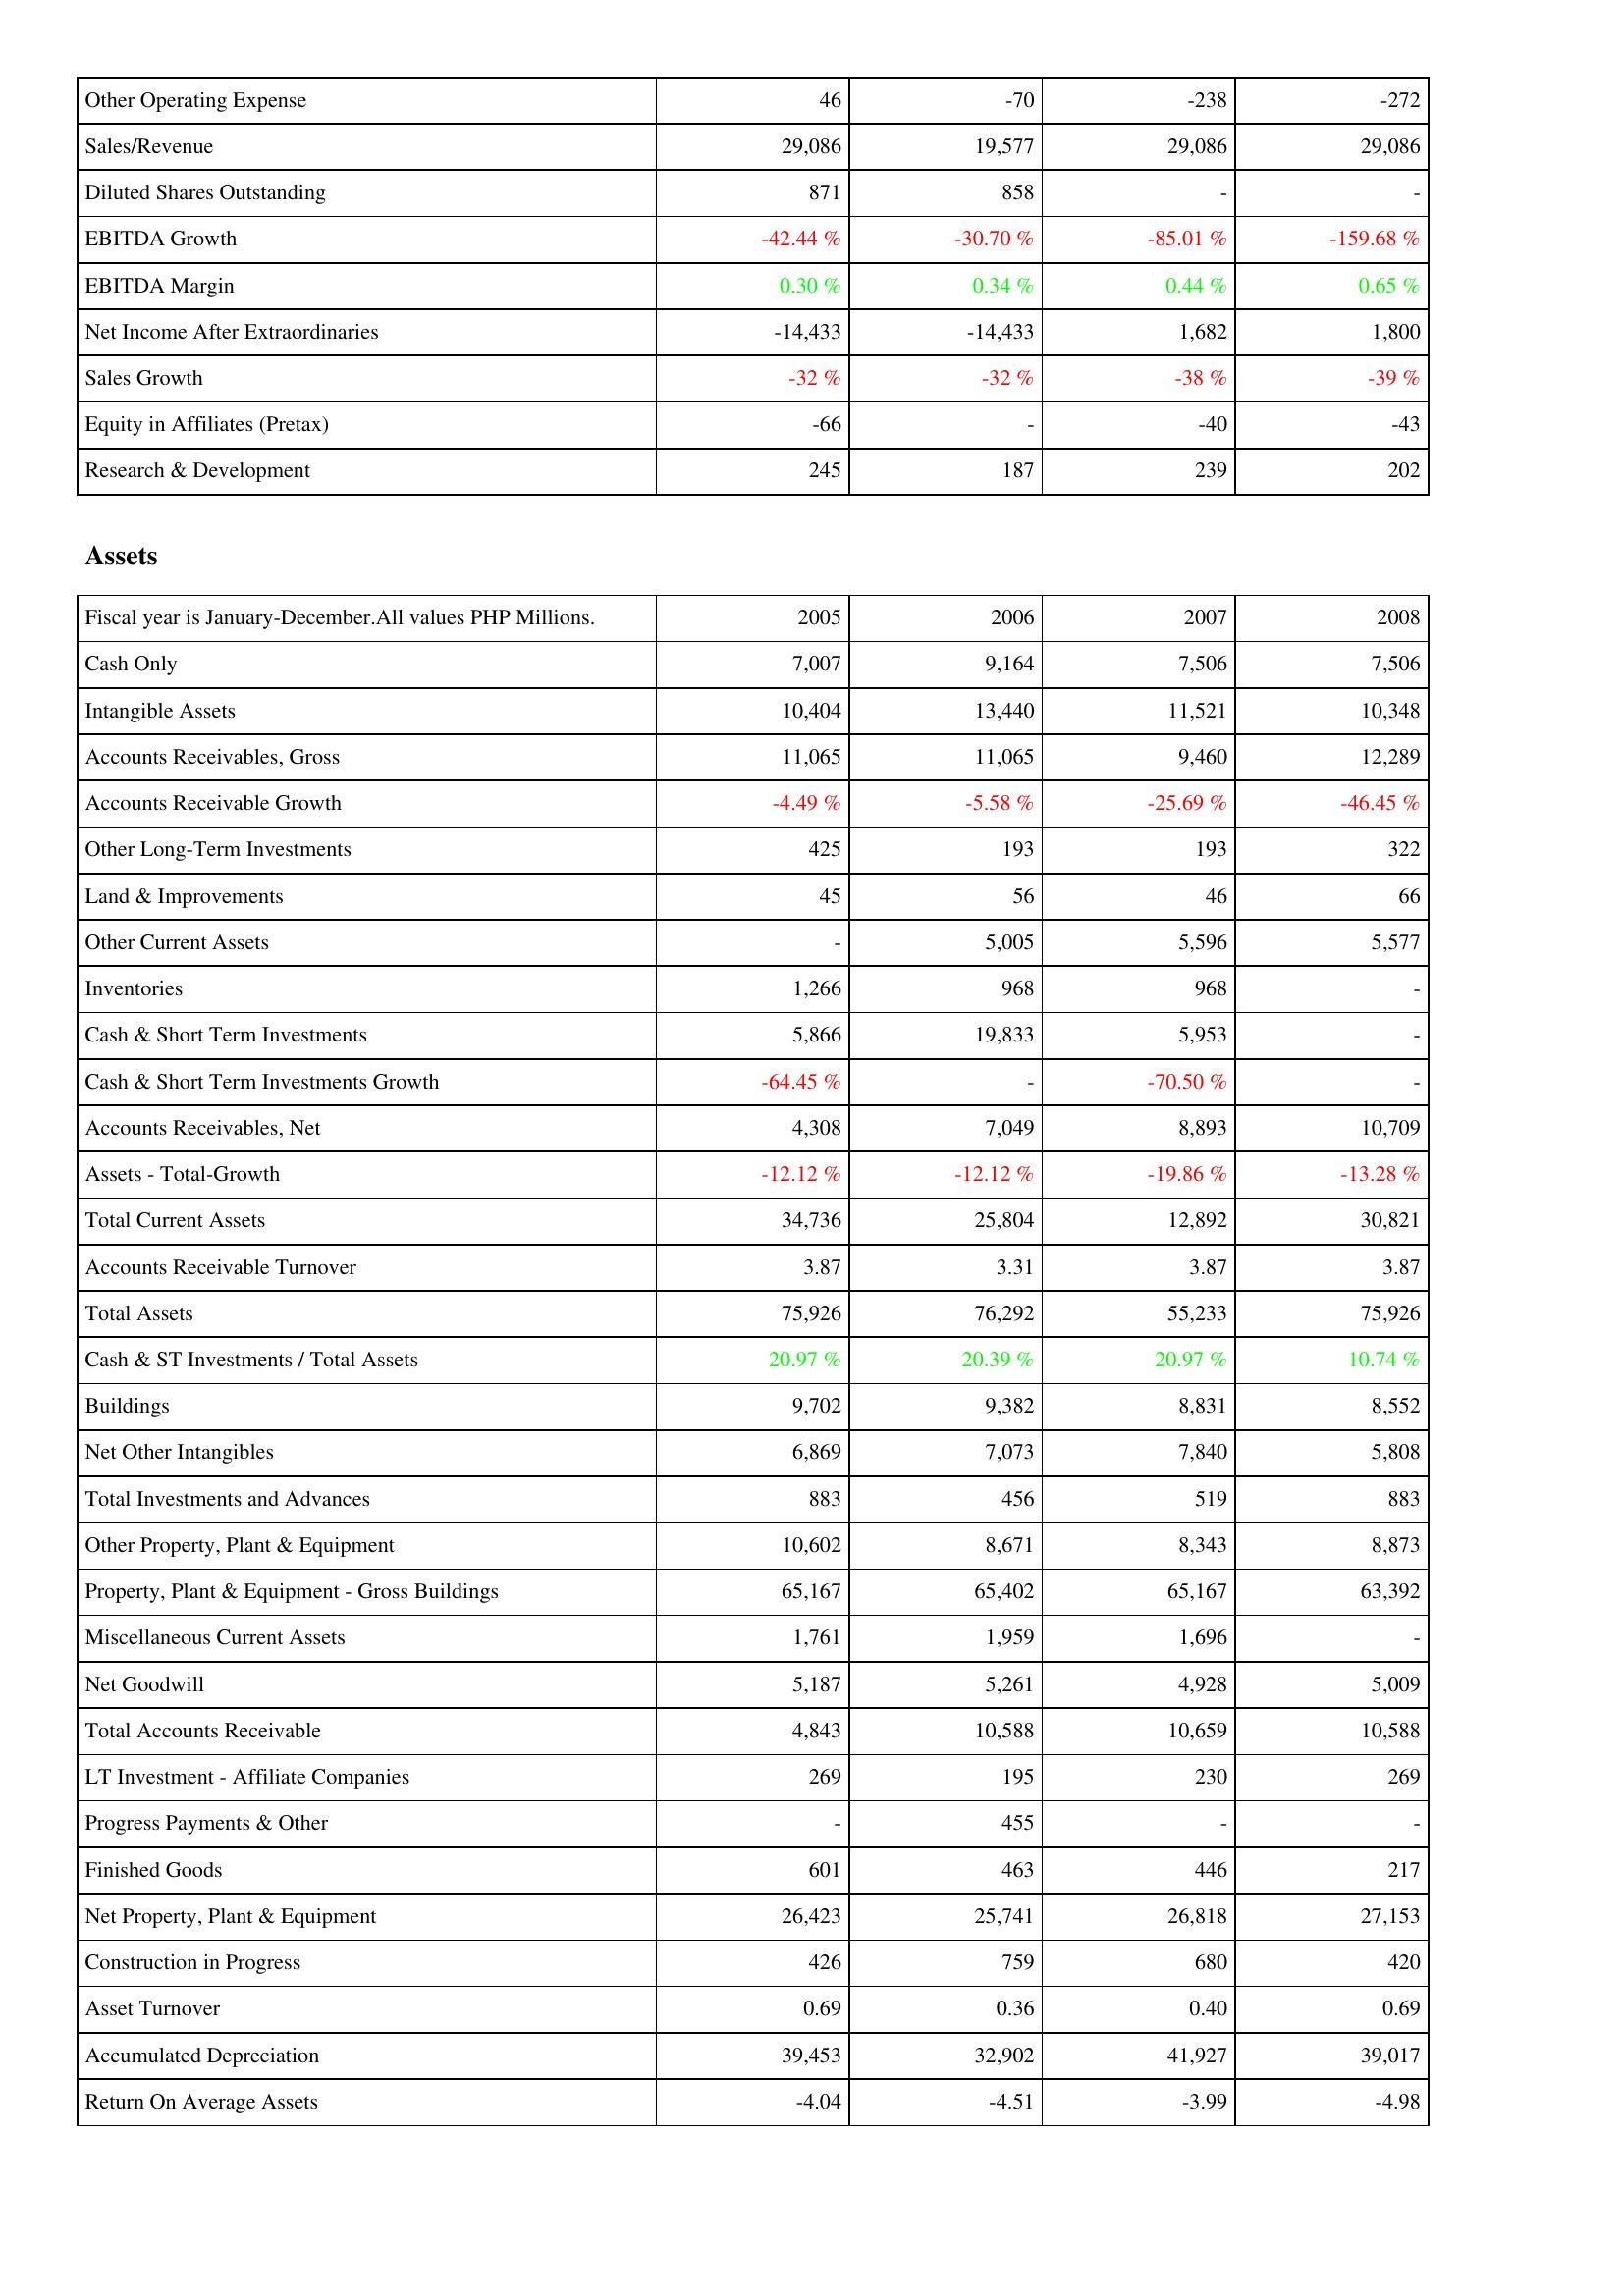
2005: Income Statement: Other Operating Expense: 46
Sales/Revenue: 29,086
Diluted Shares Outstanding: 871
EBITDA Growth: -42.44 %
EBITDA Margin: 0.30 %
Net Income After Extraordinaries: -14,433
Sales Growth: -32 %
Equity in Affiliates (Pretax): -66
Research & Development: 245
Assets: Cash Only: 7,007
Intangible Assets: 10,404
Accounts Receivables, Gross: 11,065
Accounts Receivable Growth: -4.49 %
Other Long-Term Investments: 425
Land & Improvements: 45
Other Current Assets: -
Inventories: 1,266
Cash & Short Term Investments: 5,866
Cash & Short Term Investments Growth: -64.45 %
Accounts Receivables, Net: 4,308
Assets - Total-Growth: -12.12 %
Total Current Assets: 34,736
Accounts Receivable Turnover: 3.87
Total Assets: 75,926
Cash & ST Investments / Total Assets: 20.97 %
Buildings: 9,702
Net Other Intangibles: 6,869
Total Investments and Advances: 883
Other Property, Plant & Equipment: 10,602
Property, Plant & Equipment - Gross Buildings: 65,167
Miscellaneous Current Assets: 1,761
Net Goodwill: 5,187
Total Accounts Receivable: 4,843
LT Investment - Affiliate Companies: 269
Progress Payments & Other: -
Finished Goods: 601
Net Property, Plant & Equipment: 26,423
Construction in Progress: 426
Asset Turnover: 0.69
Accumulated Depreciation: 39,453
Return On Average Assets: -4.04
2006: Income Statement: Other Operating Expense: -70
Sales/Revenue: 19,577
Diluted Shares Outstanding: 858
EBITDA Growth: -30.70 %
EBITDA Margin: 0.34 %
Net Income After Extraordinaries: -14,433
Sales Growth: -32 %
Equity in Affiliates (Pretax): -
Research & Development: 187
Assets: Cash Only: 9,164
Intangible Assets: 13,440
Accounts Receivables, Gross: 11,065
Accounts Receivable Growth: -5.58 %
Other Long-Term Investments: 193
Land & Improvements: 56
Other Current Assets: 5,005
Inventories: 968
Cash & Short Term Investments: 19,833
Cash & Short Term Investments Growth: -
Accounts Receivables, Net: 7,049
Assets - Total-Growth: -12.12 %
Total Current Assets: 25,804
Accounts Receivable Turnover: 3.31
Total Assets: 76,292
Cash & ST Investments / Total Assets: 20.39 %
Buildings: 9,382
Net Other Intangibles: 7,073
Total Investments and Advances: 456
Other Property, Plant & Equipment: 8,671
Property, Plant & Equipment - Gross Buildings: 65,402
Miscellaneous Current Assets: 1,959
Net Goodwill: 5,261
Total Accounts Receivable: 10,588
LT Investment - Affiliate Companies: 195
Progress Payments & Other: 455
Finished Goods: 463
Net Property, Plant & Equipment: 25,741
Construction in Progress: 759
Asset Turnover: 0.36
Accumulated Depreciation: 32,902
Return On Average Assets: -4.51
2007: Income Statement: Other Operating Expense: -238
Sales/Revenue: 29,086
Diluted Shares Outstanding: -
EBITDA Growth: -85.01 %
EBITDA Margin: 0.44 %
Net Income After Extraordinaries: 1,682
Sales Growth: -38 %
Equity in Affiliates (Pretax): -40
Research & Development: 239
Assets: Cash Only: 7,506
Intangible Assets: 11,521
Accounts Receivables, Gross: 9,460
Accounts Receivable Growth: -25.69 %
Other Long-Term Investments: 193
Land & Improvements: 46
Other Current Assets: 5,596
Inventories: 968
Cash & Short Term Investments: 5,953
Cash & Short Term Investments Growth: -70.50 %
Accounts Receivables, Net: 8,893
Assets - Total-Growth: -19.86 %
Total Current Assets: 12,892
Accounts Receivable Turnover: 3.87
Total Assets: 55,233
Cash & ST Investments / Total Assets: 20.97 %
Buildings: 8,831
Net Other Intangibles: 7,840
Total Investments and Advances: 519
Other Property, Plant & Equipment: 8,343
Property, Plant & Equipment - Gross Buildings: 65,167
Miscellaneous Current Assets: 1,696
Net Goodwill: 4,928
Total Accounts Receivable: 10,659
LT Investment - Affiliate Companies: 230
Progress Payments & Other: -
Finished Goods: 446
Net Property, Plant & Equipment: 26,818
Construction in Progress: 680
Asset Turnover: 0.40
Accumulated Depreciation: 41,927
Return On Average Assets: -3.99
2008: Income Statement: Other Operating Expense: -272
Sales/Revenue: 29,086
Diluted Shares Outstanding: -
EBITDA Growth: -159.68 %
EBITDA Margin: 0.65 %
Net Income After Extraordinaries: 1,800
Sales Growth: -39 %
Equity in Affiliates (Pretax): -43
Research & Development: 202
Assets: Cash Only: 7,506
Intangible Assets: 10,348
Accounts Receivables, Gross: 12,289
Accounts Receivable Growth: -46.45 %
Other Long-Term Investments: 322
Land & Improvements: 66
Other Current Assets: 5,577
Inventories: -
Cash & Short Term Investments: -
Cash & Short Term Investments Growth: -
Accounts Receivables, Net: 10,709
Assets - Total-Growth: -13.28 %
Total Current Assets: 30,821
Accounts Receivable Turnover: 3.87
Total Assets: 75,926
Cash & ST Investments / Total Assets: 10.74 %
Buildings: 8,552
Net Other Intangibles: 5,808
Total Investments and Advances: 883
Other Property, Plant & Equipment: 8,873
Property, Plant & Equipment - Gross Buildings: 63,392
Miscellaneous Current Assets: -
Net Goodwill: 5,009
Total Accounts Receivable: 10,588
LT Investment - Affiliate Companies: 269
Progress Payments & Other: -
Finished Goods: 217
Net Property, Plant & Equipment: 27,153
Construction in Progress: 420
Asset Turnover: 0.69
Accumulated Depreciation: 39,017
Return On Average Assets: -4.98